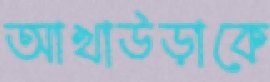
আখাউড়াকে